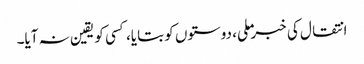
انتقال کی خبر ملی، دوستوں کو بتایا، کسی کو یقین نہ آیا۔